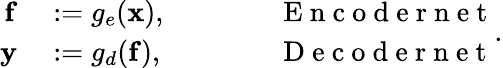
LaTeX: \begin{array}{rlrl}{\mathbf{f}}&{{}:=g_{e}(\mathbf{x}),\qquad}&{}&{{}\mathrm{~E~n~c~o~d~e~r~n~e~t~}}\\ {\mathbf{y}}&{{}:=g_{d}(\mathbf{f}),\qquad}&{}&{{}\mathrm{~D~e~c~o~d~e~r~n~e~t~}}\end{array}.